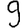
Digit: 9